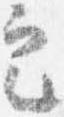
定